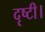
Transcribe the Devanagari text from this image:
दृष्टी।